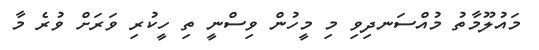
މައުލޫމާތު މުއްސަނދިވި މި މީހުން ވިސްނީ ތި ހީކުރި ވަރަށް ވުރެ މާ